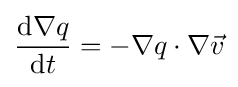
{\frac {\mathrm {d} \nabla q}{\mathrm {d} t}}=-\nabla q\cdot \nabla {\vec {v}}